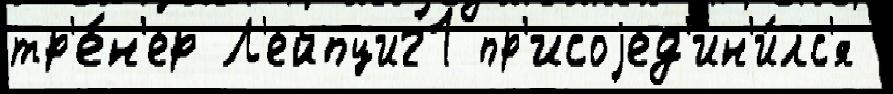
тр'е́н'ер Л'ейпциг1 пр'исоjед'ин'и́лс'я